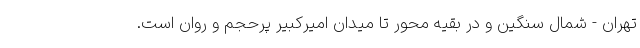
تهران - شمال سنگین و در بقیه محور تا میدان امیرکبیر پرحجم و روان است.